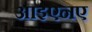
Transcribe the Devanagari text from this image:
आइएनए